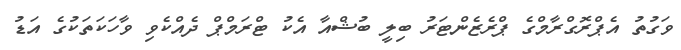
ވަގުތު އެޕްރޮގްރާމްގެ ޕްރެޒެންޓަރު ބިލީ ބުޝްއާ އެކު ޓްރަމްޕް ދެއްކެވި ވާހަކަތަކުގެ އަޑު